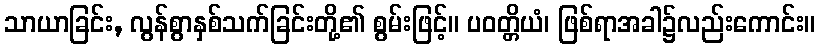
သာယာခြင်း, လွန်စွာနှစ်သက်ခြင်းတို့၏ စွမ်းဖြင့်။ ပဝတ္တိယံ၊ ဖြစ်ရာအခါ၌လည်းကောင်း။